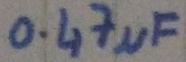
Text: 0.47µF